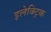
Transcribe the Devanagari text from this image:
इलेक्‍ट्रिक